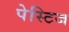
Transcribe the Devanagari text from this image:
पेस्टिज